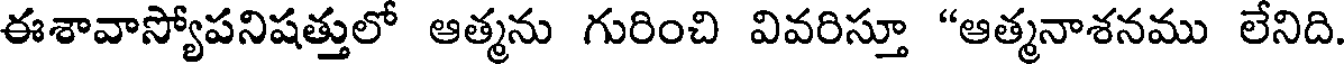
ఈశావాస్యోపనిషత్తులో ఆత్మను గురించి వివరిస్తూ "ఆత్మనాశనము లేనిది.